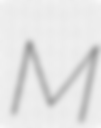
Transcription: M